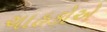
ચાહકોએ